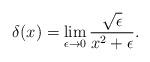
LaTeX: \begin{align*}\delta (x) = \lim_{\epsilon \rightarrow 0}{\sqrt{\epsilon}\over {x^2 + \epsilon}}.\end{align*}